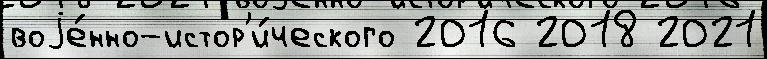
воjе́нно-истор'и́ческого 2016 2018 2021